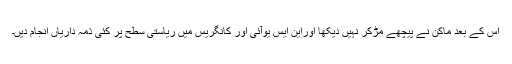
اس کے بعد ماکن نے پیچھے مڑکر نہیں دیکھا اوراین ایس یوآئی اور کانگریس میں ریاستی سطح پر کئی ذمہ داریاں انجام دیں۔